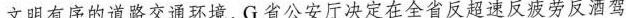
文明有序的道路交通环境，G省公安厅决定在全省反超速反疲劳反酒驾